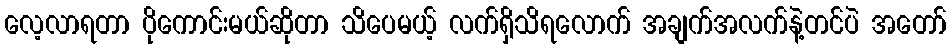
လေ့လာရတာ ပိုကောင်းမယ်ဆိုတာ သိပေမယ့် လက်ရှိသိရလောက် အချက်အလက်နဲ့တင်ပဲ အတော်